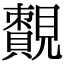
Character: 𧢔